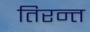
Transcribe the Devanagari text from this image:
तिरन्त